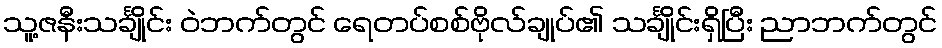
သူ့ဇနီးသင်္ချိုင်း ဝဲဘက်တွင် ရေတပ်စစ်ဗိုလ်ချုပ်၏ သင်္ချိုင်းရှိပြီး ညာဘက်တွင်